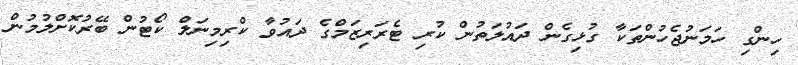
ހިންގި ހަމަނުޖެހުންތަކާ ގުޅިގެން ދައުލަތުން ކުރި ޓެރަރިޒަމްގެ ދައުވާ ކްރިމިނަލް ކޯޓުން ބޭރުކޮށްލުމުން